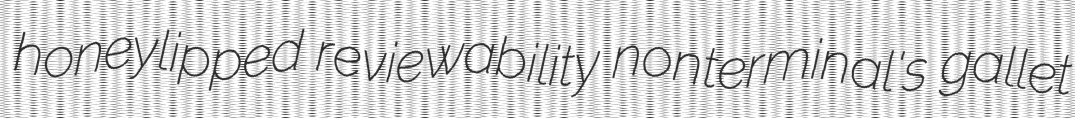
honeylipped reviewability nonterminal's gallet